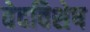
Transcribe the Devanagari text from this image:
वेदविशेष